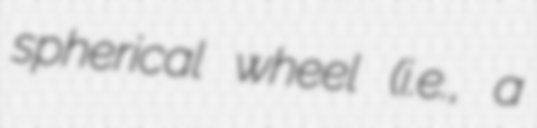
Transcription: spherical wheel (i.e., a